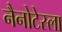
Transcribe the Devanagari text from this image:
नैनोटेस्ला